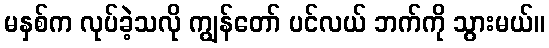
မနှစ်က လုပ်ခဲ့သလို ကျွန်တော် ပင်လယ် ဘက်ကို သွားမယ်။